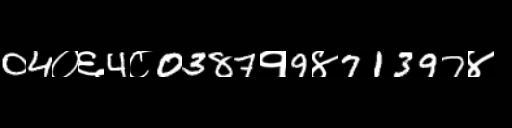
Text: 04०६4८0387१9४71397४